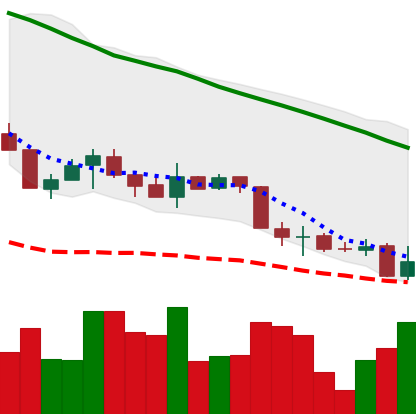
Ticker: XMR-USD
Chart end date: 2018-05-29
Forward return: 7.476%
Label: up_7plus